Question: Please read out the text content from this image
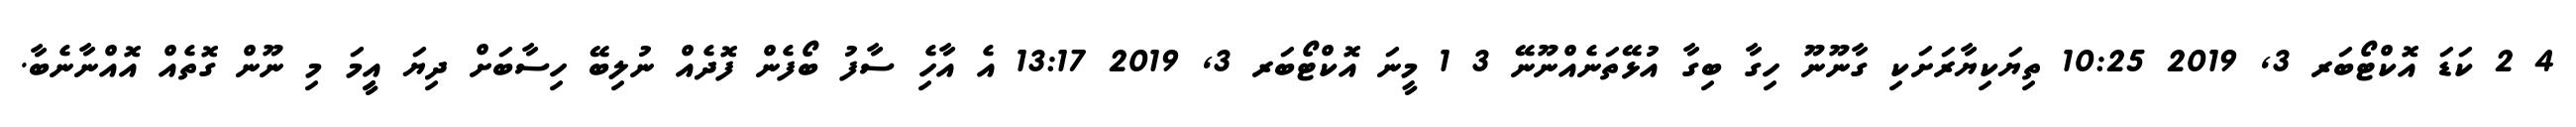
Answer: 4 2 ކަޑަ އޮކްޓޯބަރ 3, 2019 10:25 ތިޔަކިޔާރަށަކި ގާނޫނޫ ހިގާ ބިގާ އުޅޭތަނެއްނޫނޭ 3 1 މީނަ އޮކްޓޯބަރ 3, 2019 13:17 އެ އާހެި ސާފު ބޯފެން ފޮދެއް ނުލިބޭ ހިސާބަށް ދިޔަ އިީމަ މި ނޫން ގޮތެއް އޮއްނާނެބާ.